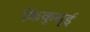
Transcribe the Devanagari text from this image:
किकुसुई